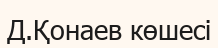
Д.Қонаев көшесі